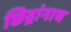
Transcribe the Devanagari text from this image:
छिद्रांनाच